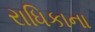
રાધિકાના